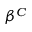
\beta ^ { C }